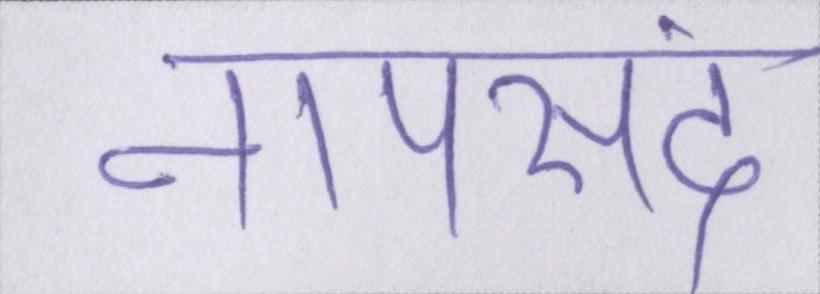
नापसंद